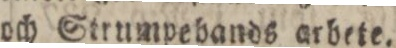
och ſtrumpebands arbete.